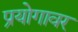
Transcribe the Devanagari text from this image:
प्रयोगावर